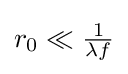
{\textstyle r_{0}\ll {\frac {1}{\lambda f}}}